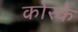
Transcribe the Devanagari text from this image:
कोरके